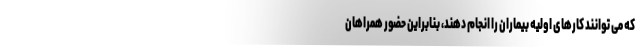
که می توانند کارهای اولیه بیماران را انجام دهند، بنابراین حضور همراهان